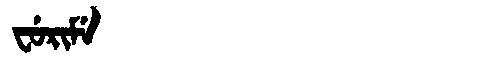
Manchu: ᠸᡠᡵᡳᠮᡝ
Romanization: FURIME